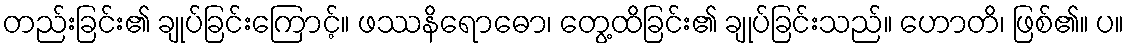
တည်းခြင်း၏ ချုပ်ခြင်းကြောင့်။ ဖဿနိရောဓော၊ တွေ့ထိခြင်း၏ ချုပ်ခြင်းသည်။ ဟောတိ၊ ဖြစ်၏။ ပ။